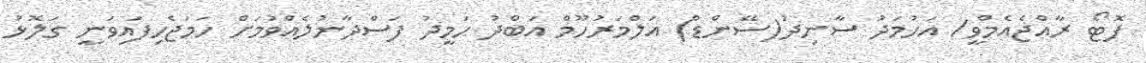
ފޮޓޯ ރާއްޖެއެމްވީ/ އަހުމަދު ސާނިދު(ސޭންޑް) އަލްމަރުހޫމް އަބްދު ހަމީދު ފަސްދާނުލެއްވުމަށް ހަމަޖެހިފައިވަނީ ގަލޮޅު